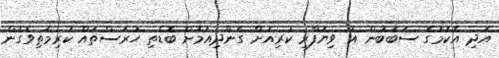
އަދި އެކަމުގެ ސަބަބުން އެ ވިޔަފާރި ކުރިއަށް ގެންދިއުމަށް ބޮޑެތި ހުރަސްތައް ކުރިމަތިވެގެން